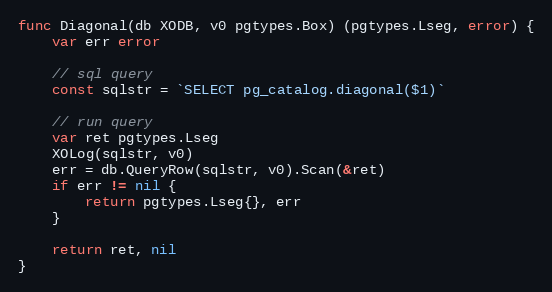
Language: Go
func Diagonal(db XODB, v0 pgtypes.Box) (pgtypes.Lseg, error) {
	var err error

	// sql query
	const sqlstr = `SELECT pg_catalog.diagonal($1)`

	// run query
	var ret pgtypes.Lseg
	XOLog(sqlstr, v0)
	err = db.QueryRow(sqlstr, v0).Scan(&ret)
	if err != nil {
		return pgtypes.Lseg{}, err
	}

	return ret, nil
}